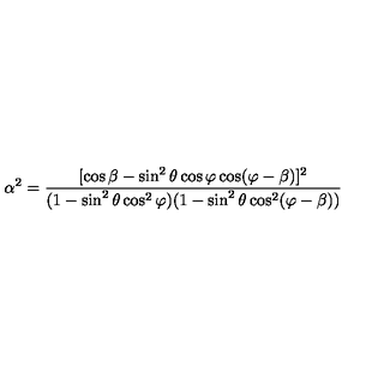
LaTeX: \alpha ^ { 2 } = \frac { [ \cos \beta - \sin ^ { 2 } \theta \cos \varphi \cos ( \varphi - \beta ) ] ^ { 2 } } { ( 1 - \sin ^ { 2 } \theta \cos ^ { 2 } \varphi ) ( 1 - \sin ^ { 2 } \theta \cos ^ { 2 } ( \varphi - \beta ) ) }